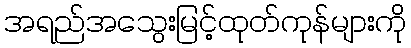
အရည်အသွေးမြင့်ထုတ်ကုန်များကို